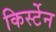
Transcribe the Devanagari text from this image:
किर्स्टेन